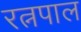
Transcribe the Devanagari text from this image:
रत्नपाल